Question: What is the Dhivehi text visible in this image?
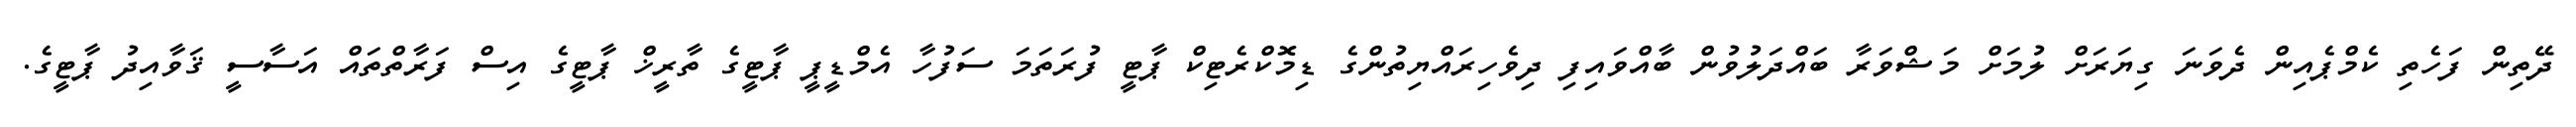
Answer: ދޭތިން ފަހެތި ކެމްޕެއިން ދެވަނަ ގިޔަރަށް ލުމަށް މަޝްވަރާ ބައްދަލުވުން ބާއްވައިފި ދިވެހިރައްޔިތުންގެ ޑިމޮކްރެޓިކް ޕާޓީ ފުރަތަމަ ސަފުހާ އެމްޑީޕީ ޕާޓީގެ ތާރީޚް ޕާޓީގެ އިސް ފަރާތްތައް އަސާސީ ޤަވާއިދު ޕާޓީގެ.